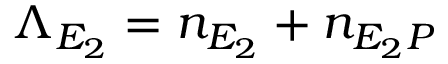
\Lambda _ { E _ { 2 } } = n _ { E _ { 2 } } + n _ { E _ { 2 } P }